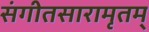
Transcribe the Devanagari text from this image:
संगीतसारामृतम्